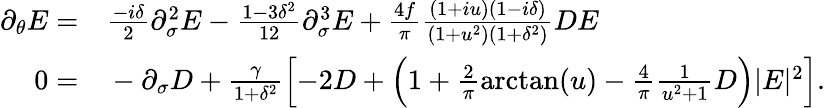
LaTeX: \begin{array}{rl}{\partial_{\theta}E=}&{{}\frac{-i\delta}{2}\partial_{\sigma}^{2}E-\frac{1-3\delta^{2}}{12}\partial_{\sigma}^{3}E+\frac{4f}{\pi}\frac{(1+iu)(1-i\delta)}{(1+u^{2})(1+\delta^{2})}DE}\\ {0=}&{{}-\partial_{\sigma}D+\frac{\gamma}{1+\delta^{2}}\left[-2D+\left(1+\frac{2}{\pi}\arctan(u)-\frac{4}{\pi}\frac{1}{u^{2}+1}D\right)|E|^{2}\right].}\end{array}